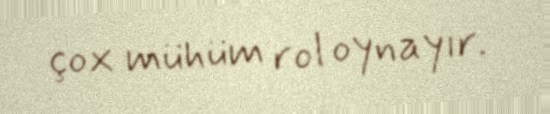
çox mühüm rol oynayır.